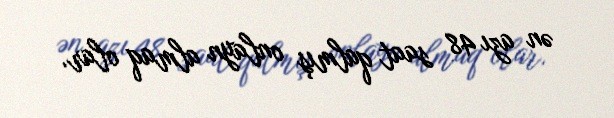
ən azı 48 saat qalmış onlayn almaq olar.